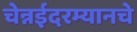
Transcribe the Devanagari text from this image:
चेन्नईदरम्यानचे